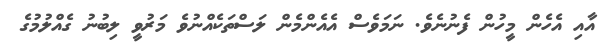
އާއި އެހެން މީހުން ފެނުނެވެ. ނަމަވެސް އެއެންމެން ލަސްތަކެއްނުވެ މަރުވީ ލިބުނު ގެއްލުމުގެ